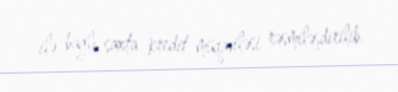
ilə bağlı saxta kredit müqaviləsi rəsmiləşdirilib.